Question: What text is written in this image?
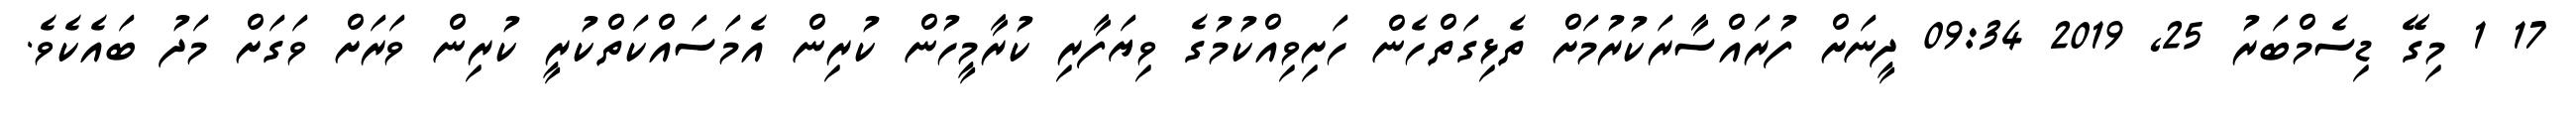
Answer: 17 1 މިގޭ ޑިސެމްބަރު 25, 2019 09:34 ދީނަށް ފުރައްސާރަކުރުމަށް ތެޅިގަތްހެން ހަށިވިއްކުމުގެ ވިޔަފާރި ކުރާމީހުން ކުރިން އެމަސައްކަތްކުރީ ކުރިން ވަރަށް ވަގަށް މަދު ބައެކެވެ.